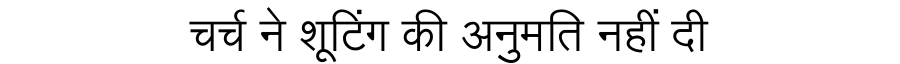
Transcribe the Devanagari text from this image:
चर्च ने शूटिंग की अनुमति नहीं दी